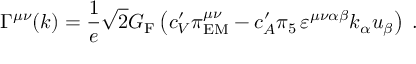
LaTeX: \Gamma ^ { \mu \nu } ( k ) = \frac { 1 } { e } \sqrt { 2 } G _ { \mathrm { F } } \left( c _ { V } ^ { \prime } \pi _ { \mathrm { E M } } ^ { \mu \nu } - c _ { A } ^ { \prime } \pi _ { 5 } \, \varepsilon ^ { \mu \nu \alpha \beta } k _ { \alpha } u _ { \beta } \right) \; .